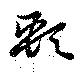
頸